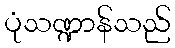
ပုံသဏ္ဍာန်သည်